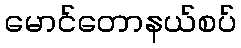
မောင်တောနယ်စပ်